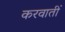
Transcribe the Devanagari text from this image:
करवातीं